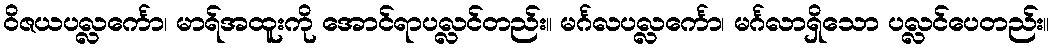
ဝိဇယပလ္လင်္ကော၊ မာရ်အထူးကို အောင်ရာပလ္လင်တည်း။ မင်္ဂလပလ္လင်္ကော၊ မင်္ဂလာရှိသော ပလ္လင်ပေတည်း။